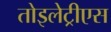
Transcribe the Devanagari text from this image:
तोइलेट्रीएस